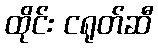
ထိုင်း ငရုတ်ဆီ